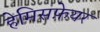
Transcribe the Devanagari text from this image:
हेमिसफ़ेयर